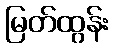
မြတ်ထွန်း